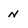
Character: n